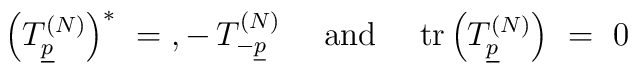
\left( T_{\underline{p}}^{(N)} \right)^* \ = \\,-\,T_{-\underline{p}}^{(N)} \ \quad {\rm and}\quad\ {\rm tr}\left(  T_{\underline{p}}^{(N)}\right) \ = \ 0